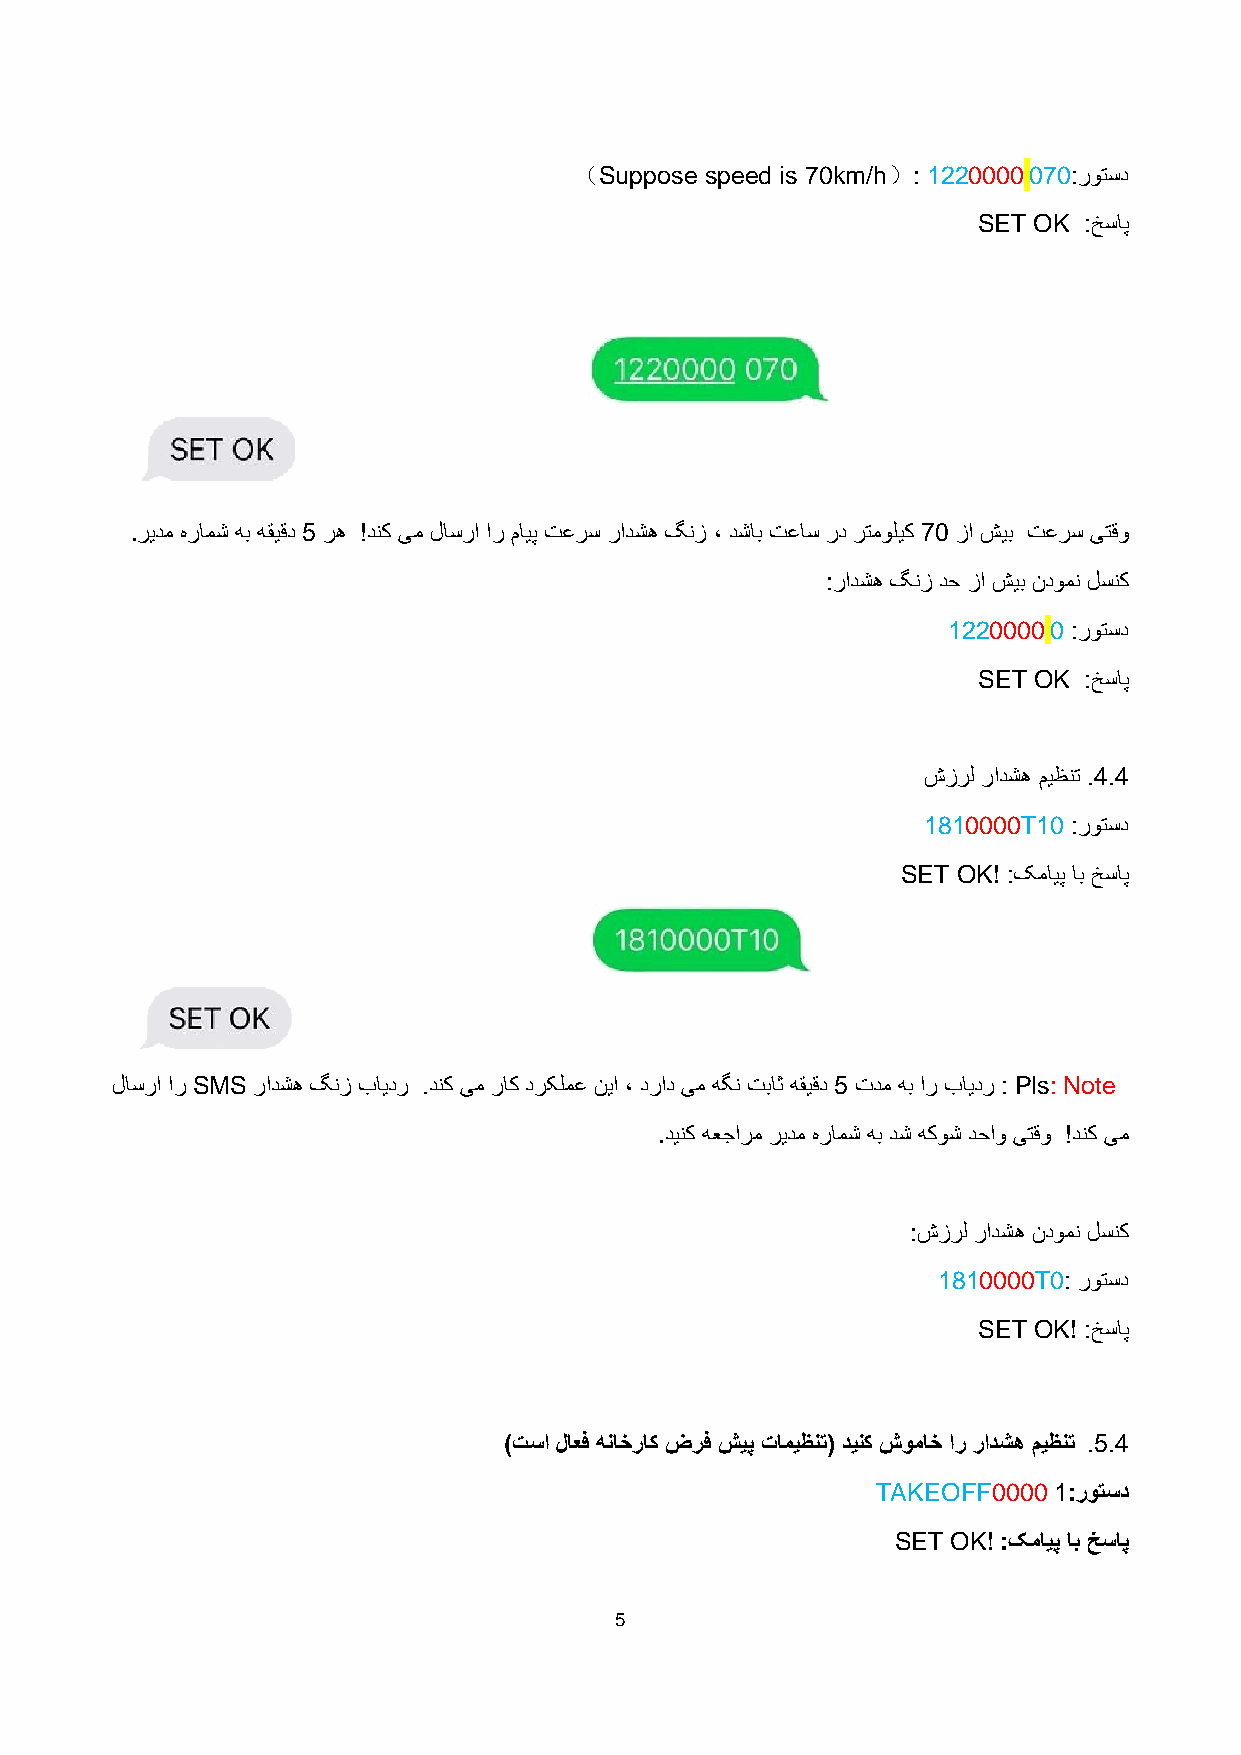
（Suppose speed is 70km/h）: 1220000 070:روتسد
 SET OK :خساپ
 .ریدم هرامش هب هقیقد 5 ره !دنک یم لاسرا ار مایپ تعرس رادشه گنز ، دشاب تعاس رد رتمولیک 70 زا شیب تعرس یتقو
 :رادشه گنز دح زا شیب ندومن لسنک
 1220000 0 :روتسد
 SET OK :خساپ
 ش زرل رادشه میظنت .4.4
 1810000T10 :روتسد
 SET OK! :کمایپ اب خساپ
 لاسرا ار SMS رادشه گنز بایدر .دنک یم راک درکلمع نیا ، دراد یم هگن تباث هقیقد 5 تدم هب ار بایدر : Pls: Note
 .دینک هعجارم ریدم هرامش هب دش هکوش دحاو یتقو !دنک یم
 :شزرل رادشه ندومن لسنک
 1810000T0: روتسد
 SET OK! :خساپ
 )تسا لاعف هناخراک ضرف شیپ تامی ظنت( دینک شوماخ ار رادشه میظنت .5.4
 TAKEOFF0000 1:روتسد
 SET OK! :کمایپ اب خساپ
 5